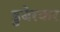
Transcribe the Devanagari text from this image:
डुबेरकर